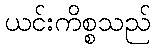
ယင်းကိစ္စသည်